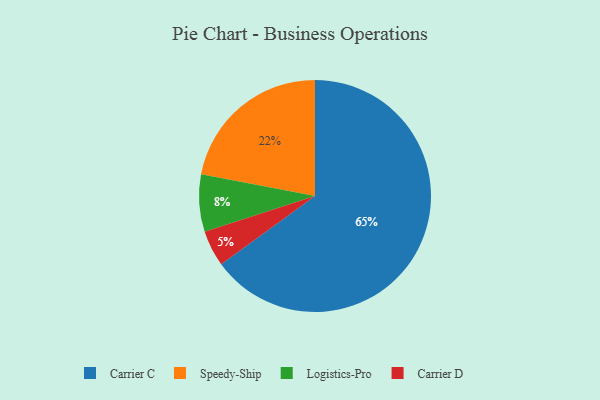
{"axis": {"x": "Category", "y": "Percentage"}, "legend": ["Carrier C", "Carrier D", "Logistics-Pro", "Speedy-Ship"], "data": [{"x": "Carrier D", "y": 5, "type": "Carrier D"}, {"x": "Logistics-Pro", "y": 8, "type": "Logistics-Pro"}, {"x": "Carrier C", "y": 65, "type": "Carrier C"}, {"x": "Speedy-Ship", "y": 22, "type": "Speedy-Ship"}]}